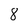
Character: 8